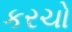
કરચો